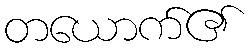
တယောက်၏